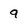
Character: 9